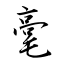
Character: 毫